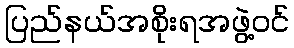
ပြည်နယ်အစိုးရအဖွဲ့ဝင်